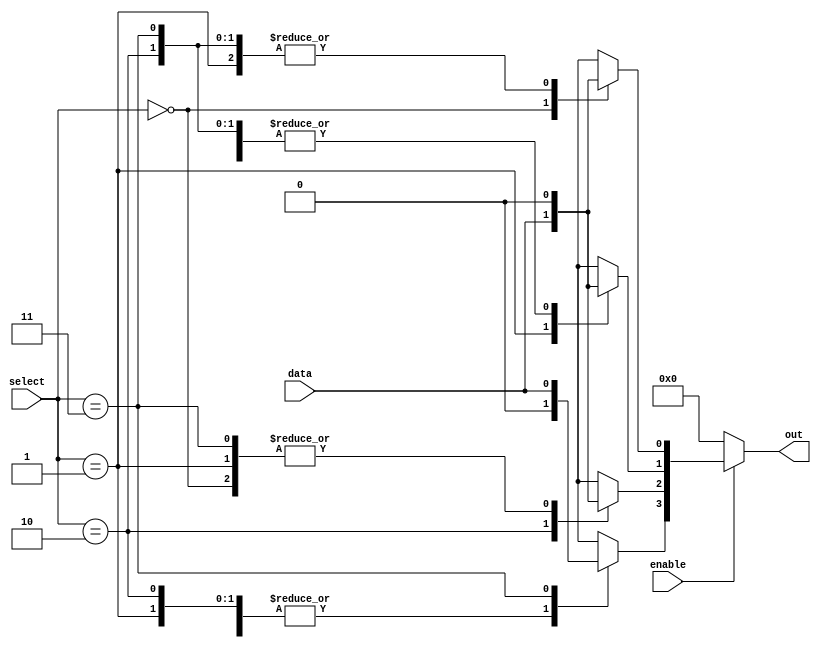
module parameterized_demux #(
    parameter N = 4 // Number of output lines (default is 4)
) (
    input wire data,               // Single data input
    input wire [$clog2(N)-1:0] select, // Select input (log2(N) bits)
    input wire enable,             // Enable signal
    output reg [N-1:0] out        // Output lines (N lines)
);

    // Combinational logic to determine output based on select and enable
    always @(*) begin
        // Default all outputs to 0
        out = {N{1'b0}};
        
        // If enable is high, activate the selected output
        if (enable) begin
            case (select)
                0: out[0] = data;
                1: out[1] = data;
                2: out[2] = data;
                3: out[3] = data;
                // Add more cases as needed for N outputs
                // For N > 4, you can use a generate block or additional cases
                default: out = {N{1'b0}}; // Default case to ensure safety
            endcase
        end
    end

endmodule